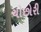
ચોછોરી